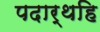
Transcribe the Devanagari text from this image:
पदार्थहि